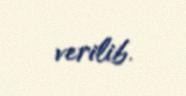
verilib.